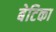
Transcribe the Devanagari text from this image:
बेटिका